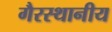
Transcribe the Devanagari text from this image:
गैरस्थानीय